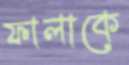
ফালাকে